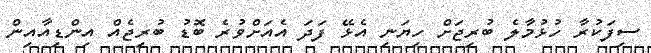
ސިފަކުރާ ހުޅުމާލެ ބުރިޖަށް ހިޔަނި އެޅޭ ފަދަ އެއަށްވުރެ ބޮޑު ބުރިޖެއް އިންޑިއާއިން